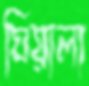
ঘিয়ালা